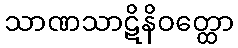
သာဏသာဋိနိဝတ္ထော